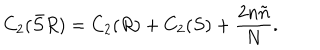
C _ { 2 } ( \bar { S } R ) = C _ { 2 } ( R ) + C _ { 2 } ( S ) + \frac { 2 n \tilde { n } } { N } .